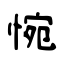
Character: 惋